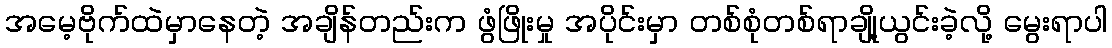
အမေ့ဗိုက်ထဲမှာနေတဲ့ အချိန်တည်းက ဖွံဖြိုးမှု အပိုင်းမှာ တစ်စုံတစ်ရာချို့ယွင်းခဲ့လို့ မွေးရာပါ